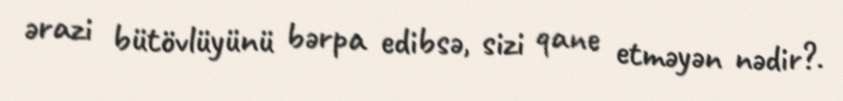
ərazi bütövlüyünü bərpa edibsə, sizi qane etməyən nədir?.